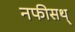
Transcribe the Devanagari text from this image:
नफीसथ्